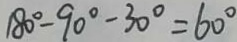
1 8 0 ^ { \circ } - 9 0 ^ { \circ } - 3 0 ^ { \circ } = 6 0 ^ { \circ }